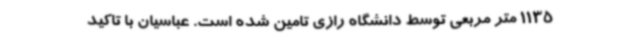
1135 متر مربعی توسط دانشگاه رازی تامین شده است. عباسیان با تاکید